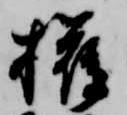
権